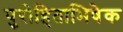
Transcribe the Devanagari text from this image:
पुरोहिताभिषेक